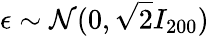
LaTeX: \epsilon\sim\mathcal{N}(0,\sqrt{2}I_{200})